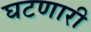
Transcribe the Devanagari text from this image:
घटणारी